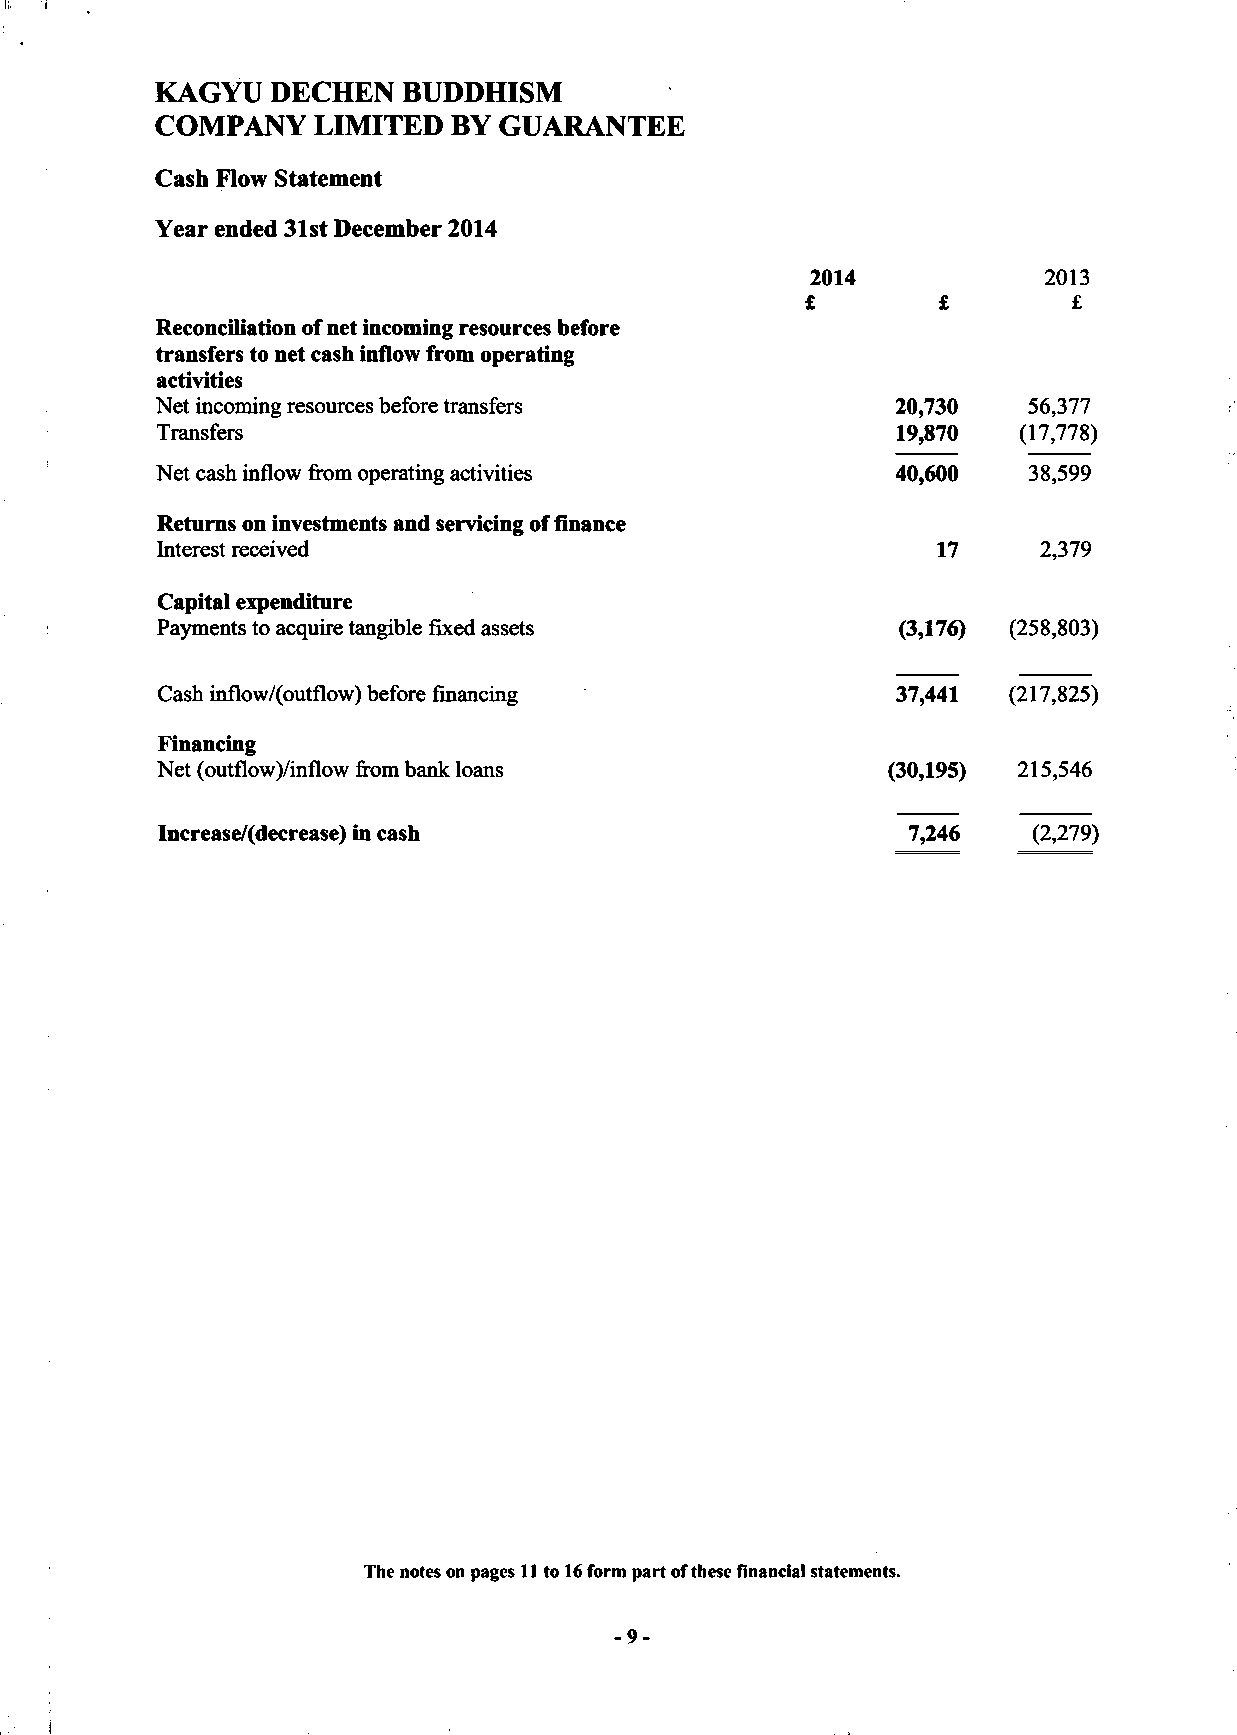
KAGYU   DECHEN  BUDDHISM
 COMPANY    LIMITED  BY GUARANTEE
 Cash Flow Statement
 Year ended 31st December 2014
 2014           2013
 £        £        £
 Reconciliation of net incoming resources before
 transfers to net cash inflow from operating
 activities
 Net incoming resources before transfers          20,730   56,377
 Transfers                                        19,870  (17,778)
 Net cash inflow from operating activities        40,600   38,599
 Returns on investments and servicing of finance
 Interest received                                   17     2,379
 Capital expenditure
 Payments to acquire tangible fixed assets        (3,176) (258,803)
 Cash inflow/(outflow) before financing           37,441  (217,825)
 Financing
 Net (outflow)/inflow from bank loans             (30,195) 215,546
 Increase/(decrease) in cash                       7,246   (2,279)
 The notes on pages 11 to 16 form part of these financial statements.
 -9-